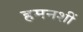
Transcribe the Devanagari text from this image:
हमनशीं